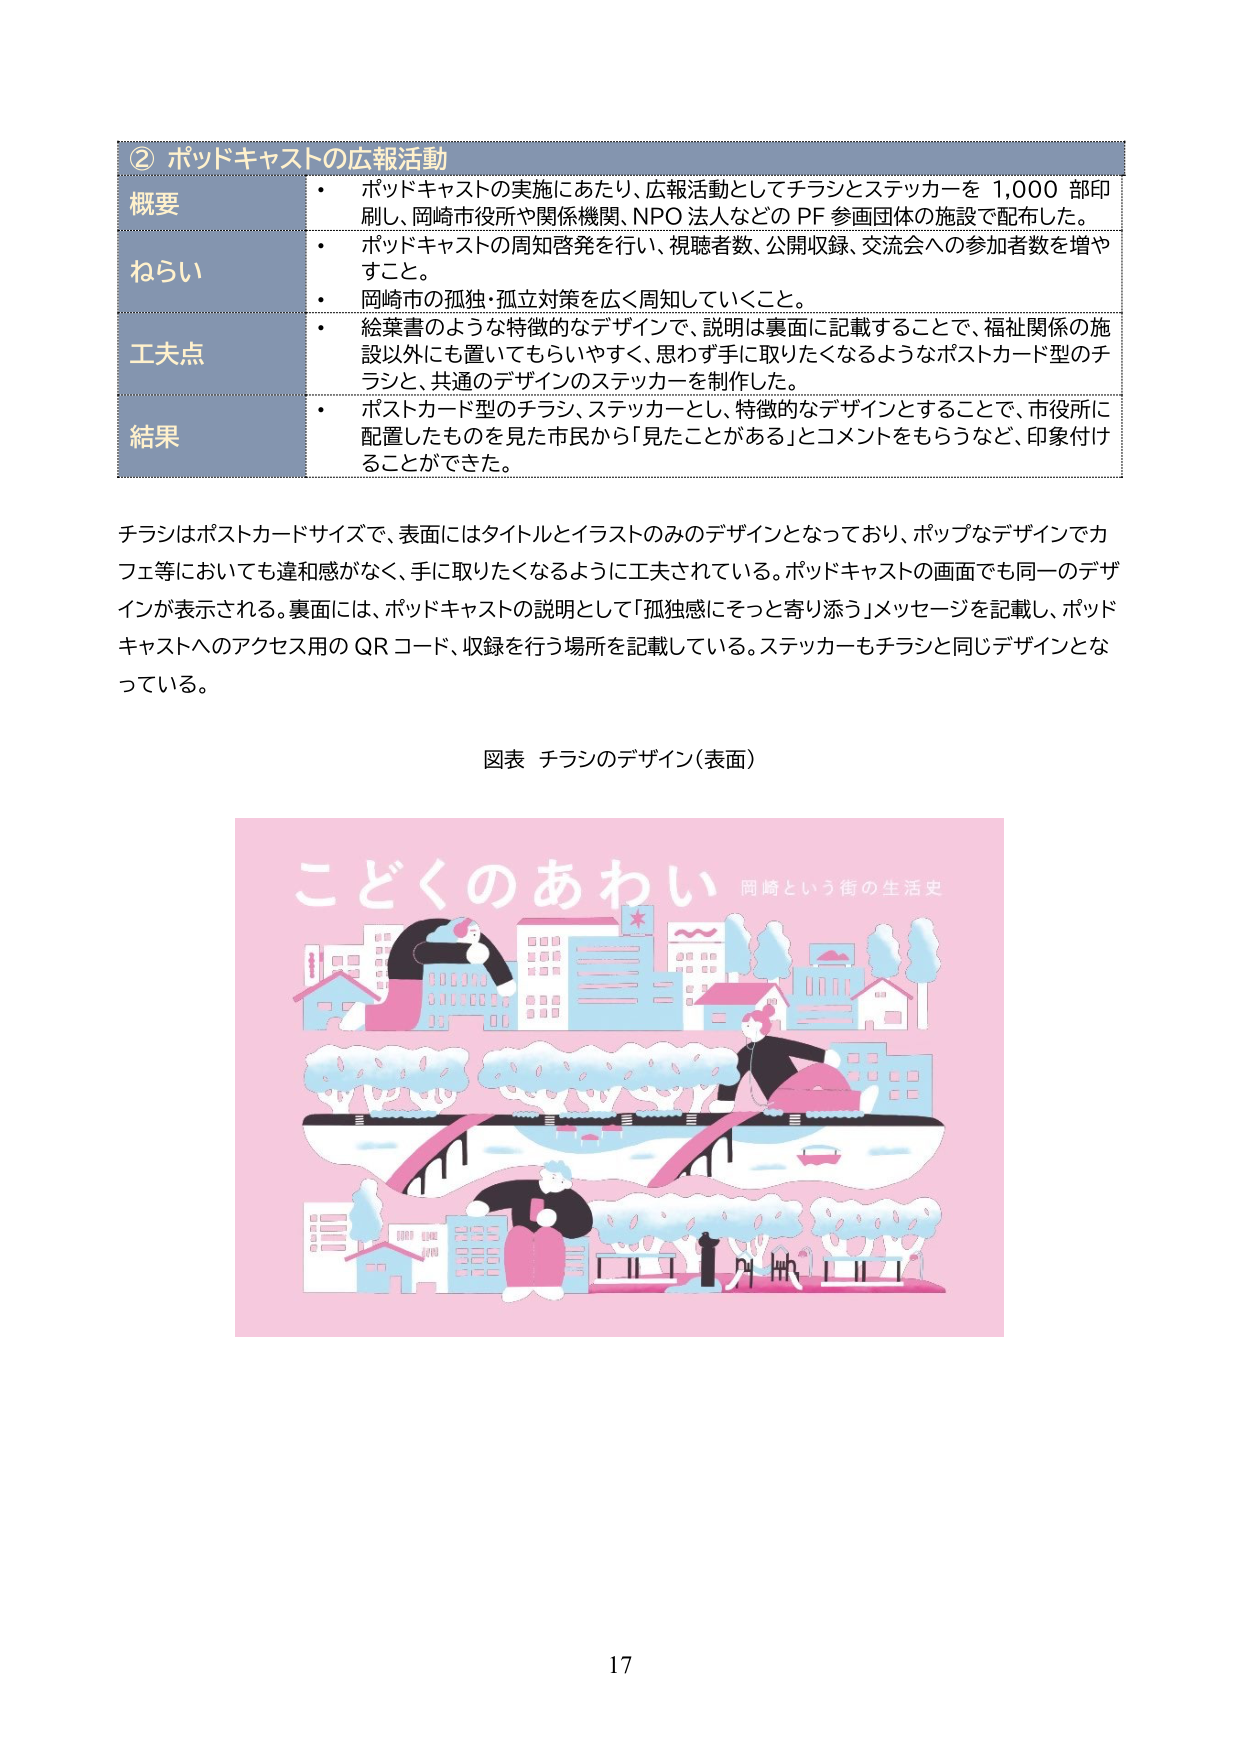
② ポッドキャストの広報活動

概要
・ ポッドキャストの実施にあたり、広報活動としてチラシとステッカーを 1,000 部印刷し、岡崎市役所や関係機関、NPO 法人などの PF 参画団体の施設で配布した。

ねらい
・ ポッドキャストの周知啓発を行い、視聴者数、公開収録、交流会への参加者数を増やすこと。
・ 岡崎市の孤独・孤立対策を広く周知していくこと。

工夫点
・ 絵葉書のような特徴的なデザインで、説明は裏面に記載することで、福祉関係の施設以外にも置いてもらいやすく、思わず手に取りたくなるようなポストカード型のチラシと、共通のデザインのステッカーを制作した。

結果
・ ポストカード型のチラシ、ステッカーとし、特徴的なデザインとすることで、市役所に配置したものを見た市民から「見たことがある」とコメントをもらうなど、印象付けることができた。

チラシはポストカードサイズで、表面にはタイトルとイラストのみのデザインとなっており、ポップなデザインでカフェ等においても違和感がなく、手に取りたくなるように工夫されている。ポッドキャストの画面でも同一のデザインが表示される。裏面には、ポッドキャストの説明として「孤独感にそっと寄り添う」メッセージを記載し、ポッドキャストへのアクセス用の QR コード、収録を行う場所を記載している。ステッカーもチラシと同じデザインとなっている。

図表 チラシのデザイン（表面）

こどくのあわい 岡崎という街の生活史

17